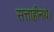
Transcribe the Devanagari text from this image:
सत्ताहीनथे।